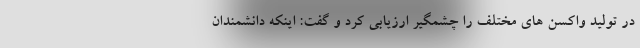
در تولید واکسن های مختلف را چشمگیر ارزیابی کرد و گفت: اینکه دانشمندان